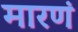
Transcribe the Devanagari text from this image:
मारणं